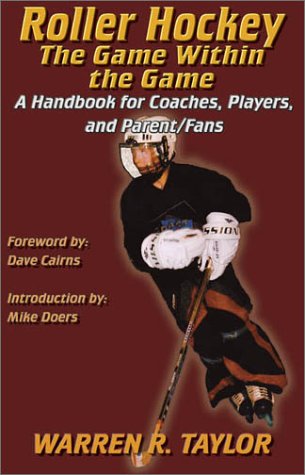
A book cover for Roller Hockey: The Game Within the Game: A Player and Coach Handbook; Warren R. Taylor; Sports & Outdoors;